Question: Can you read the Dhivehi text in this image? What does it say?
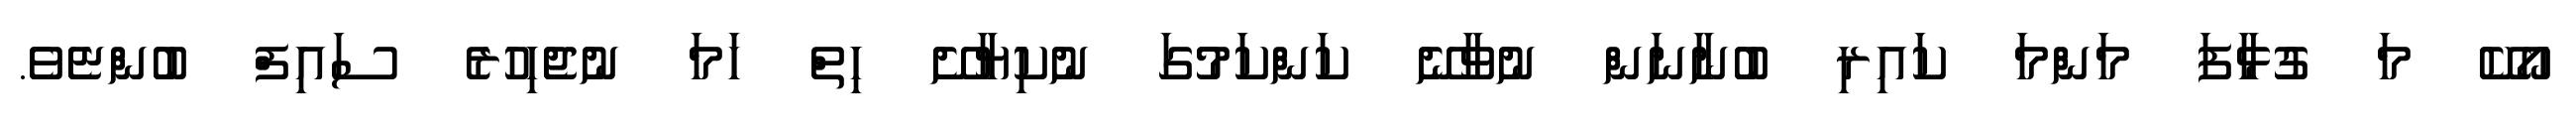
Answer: އޯކޭ މަ ގުޅާފަ މަންމަ ކައިރި ބުނާނަން ނުވާނޭ ކަންކަމުގަ ނުކިޔާށޭ ހިތް ހަމަ ނުޖެހިހުރެ ސައިފް ބުންޏެވެ.